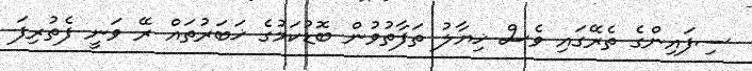
ސިފައިންގެ ތެރޭގައި ވެސް ޚިޔާލު ތަފާތުވުން ބޮޑުކަމުގެ ޚަބަރުތައް ރޭ ވަނީ ފެތުރިފަ